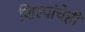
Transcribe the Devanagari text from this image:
शिल्पांचेही